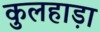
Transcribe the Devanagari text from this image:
कुलहाड़ा